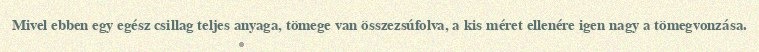
Mivel ebben egy egész csillag teljes anyaga, tömege van összezsúfolva, a kis méret ellenére igen nagy a tömegvonzása.